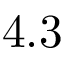
4 . 3